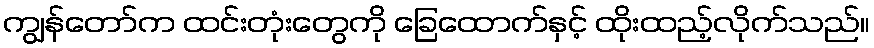
ကျွန်တော်က ထင်းတုံးတွေကို ခြေထောက်နှင့် ထိုးထည့်လိုက်သည်။